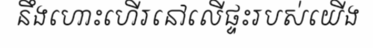
នឹងហោះហើរនៅលើផ្ទះរបស់យើង